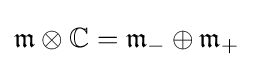
{\mathfrak {m}}\otimes \mathbb {C} ={\mathfrak {m}}_{-}\oplus {\mathfrak {m}}_{+}